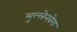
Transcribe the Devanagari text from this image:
मुल्लेनवेग